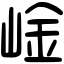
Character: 崯